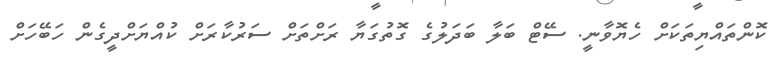
ކޮންތައްޔިތަކަށް ހެޔޮވާނީ. ސޭޓް ބަލާ ބަދަލުގެ ގޮތުގަޔާ ރަށްތަށް ސަރުކާރަށް ކުއްޔަށްދީގެން ހަބޭހަށް